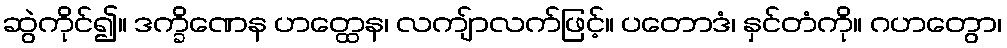
ဆွဲကိုင်၍။ ဒက္ခိဏေန ဟတ္ထေန၊ လကျ်ာလက်ဖြင့်။ ပတောဒံ၊ နှင်တံကို။ ဂဟတွော၊